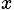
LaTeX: _x